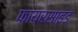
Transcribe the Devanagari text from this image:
फायरसाइड